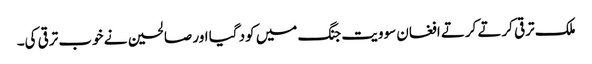
ملک ترقی کرتے کرتے افغان سوویت جنگ میں کود گیا اور صالحین نے خوب ترقی کی۔